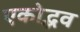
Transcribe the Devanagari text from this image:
एकोद्भव